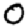
Digit: 0